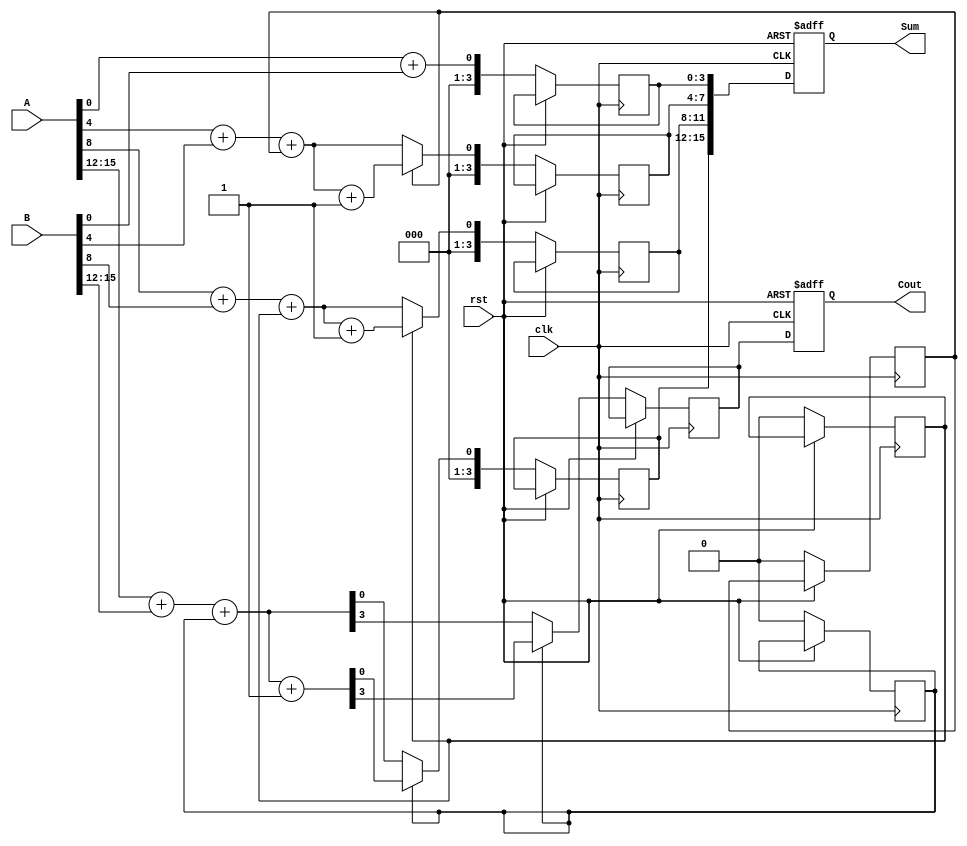
module PipelinedCarrySelectAdder (
    input [15:0] A,
    input [15:0] B,
    input clk,
    input rst,
    output reg [15:0] Sum,
    output reg Cout
);
    // Internal wires for carry and sum
    wire [3:0] sum0, sum1, sum2, sum3;  // Sum outputs for each segment
    wire [3:0] carry0, carry1, carry2, carry3;  // Carry outputs for each segment
    wire [3:0] mux_sum, mux_carry;  // MUX outputs
    wire [3:0] carry_in;  // Carry inputs for each segment

    // Registers to hold intermediate results
    reg [3:0] stage_sum[0:3];
    reg stage_carry[0:3];
    
    // Carry propagation
    assign carry_in[0] = 0;  // First stage carry-in is 0
    assign carry_in[1] = stage_carry[0]; // Carry from stage 0
    assign carry_in[2] = stage_carry[1]; // Carry from stage 1
    assign carry_in[3] = stage_carry[2]; // Carry from stage 2

    // First segment (0-3)
    wire [3:0] sum_a0 = A[3:0] + B[3:0];
    wire [3:0] sum_a1 = A[3:0] + B[3:0] + 1'b1;
    assign carry0 = {sum_a0[3], sum_a0[3]}; // Carry out for Ci=0
    assign carry1 = {sum_a1[3], sum_a1[3]}; // Carry out for Ci=1

    // Second segment (4-7)
    wire [3:0] sum_b0 = A[7:4] + B[7:4] + carry_in[1];
    wire [3:0] sum_b1 = A[7:4] + B[7:4] + carry_in[1] + 1'b1;
    assign carry2 = {sum_b0[3], sum_b1[3]}; // Carry out for Ci=0 and Ci=1

    // Third segment (8-11)
    wire [3:0] sum_c0 = A[11:8] + B[11:8] + carry_in[2];
    wire [3:0] sum_c1 = A[11:8] + B[11:8] + carry_in[2] + 1'b1;
    assign carry3 = {sum_c0[3], sum_c1[3]}; // Carry out for Ci=0 and Ci=1

    // Fourth segment (12-15)
    wire [3:0] sum_d0 = A[15:12] + B[15:12] + carry_in[3];
    wire [3:0] sum_d1 = A[15:12] + B[15:12] + carry_in[3] + 1'b1;

    // MUX selection
    assign mux_sum[0] = (carry_in[0]) ? sum_a1 : sum_a0;
    assign mux_sum[1] = (carry_in[1]) ? sum_b1 : sum_b0;
    assign mux_sum[2] = (carry_in[2]) ? sum_c1 : sum_c0;
    assign mux_sum[3] = (carry_in[3]) ? sum_d1 : sum_d0;

    assign mux_carry[0] = carry1[3];
    assign mux_carry[1] = carry2[3];
    assign mux_carry[2] = carry3[3];
    assign mux_carry[3] = (carry_in[3]) ? sum_d1[3] : sum_d0[3];

    // Pipelined stages
    always @(posedge clk or posedge rst) begin
        if (rst) begin
            Sum <= 0;
            Cout <= 0;
        end else begin
            stage_sum[0] <= mux_sum[0];
            stage_carry[0] <= mux_carry[0];
            stage_sum[1] <= mux_sum[1];
            stage_carry[1] <= mux_carry[1];
            stage_sum[2] <= mux_sum[2];
            stage_carry[2] <= mux_carry[2];
            stage_sum[3] <= mux_sum[3];
            stage_carry[3] <= mux_carry[3];
            
            // Final output
            Sum <= {stage_sum[3], stage_sum[2], stage_sum[1], stage_sum[0]};
            Cout <= stage_carry[3];
        end
    end
endmodule